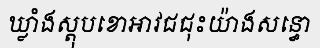
ឃ្លាំងស្តុបខោអាវជជុះយ៉ាងសន្ធោ